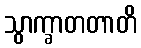
သွာက္ခာတတာတိ